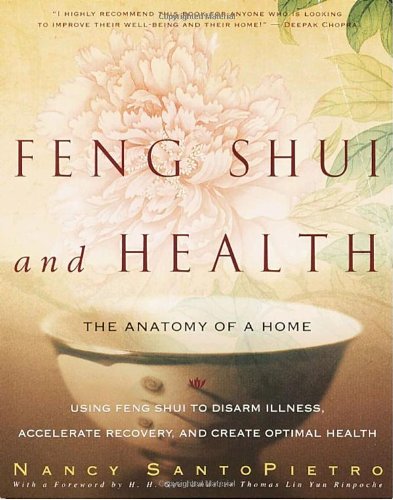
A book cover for Feng Shui and Health: The Anatomy of a Home: Using Feng  Shui to Disarm Illness, Accelerate Recovery, and Create Optimal Health; Nancy SantoPietro; Religion & Spirituality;